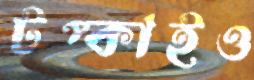
টপ্‌কাইও